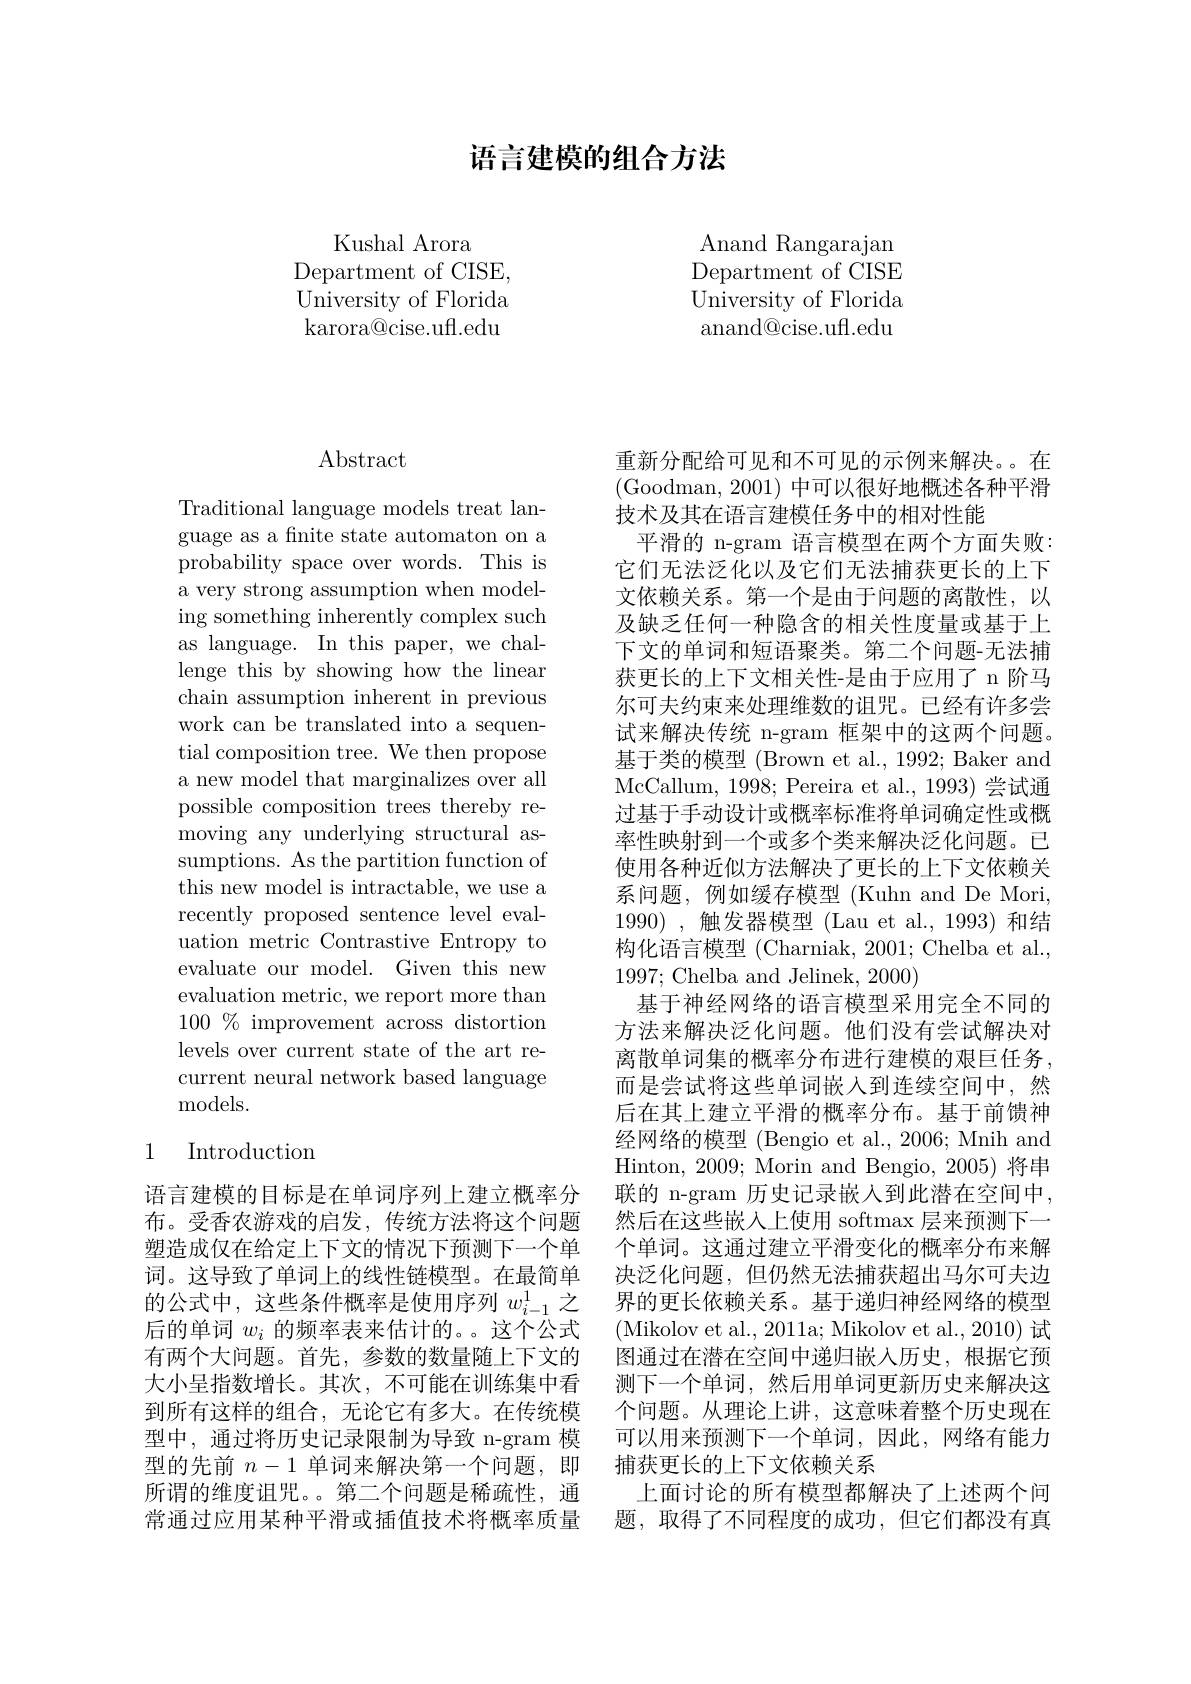
## 语言建模的组合方法

Kushal Arora
Department of CISE, University of Florida karora@cise.ufl.edu

Anand Rangarajan Department of CISE University of Florida anand@cise.ufl.edu

# Abstract

Traditional language models treat language as a finite state automaton on a probability space over words. This is a very strong assumption when modeling something inherently complex such as language. In this paper, we challenge this by showing how the linear chain assumption inherent in previous work can be translated into a sequential composition tree. We then propose a new model that marginalizes over all possible composition trees thereby removing any underlying structural assumptions. As the partition function of this new model is intractable, we use a recently proposed sentence level evaluation metric Contrastive Entropy to evaluate our model. Given this new evaluation metric, we report more than $100\%$ improvement across distortion levels over current state of the art recurrent neural network based language models.

### 1 Introduction

语言建模的目标是在单词序列上建立概率分布。受香农游戏的启发，传统方法将这个问题塑造成仅在给定上下文的情况下预测下一个单词。这导致了单词上的线性链模型。在最简单的公式中，这些条件概率是使用序列$w_{i-1}^{1}$之后的单词$w_i$的频率表来估计的。。这个公式有两个大问题。首先，参数的数量随上下文的大小呈指数增长。其次，不可能在训练集中看到所有这样的组合，无论它有多大。在传统模型中，通过将历史记录限制为导致 n-gram 模所谓的维度诅咒。第二个问题是稀疏性，通常通过应用某种平滑或插值技术将概率质量

重新分配给可见和不可见的示例来解决。。在(Goodman, 2001) 中可以很好地概述各种平滑技术及其在语言建模任务中的相对性能
平滑的 n-gram 语言模型在两个方面失败： 它们无法泛化以及它们无法捕获更长的上下文依赖关系。第一个是由于问题的离散性，以及缺乏任何一种隐含的相关性度量或基于上下文的单词和短语聚类。第二个问题-无法捕获更长的上下文相关性-是由于应用了 n 阶马尔可夫约束来处理维数的诅咒。已经有许多尝试来解决传统 n-gram 框架中的这两个问题。基于类的模型 (Brown et al., 1992; Baker and McCallum, 1998; Pereira et al., 1993) 尝试通过基于手动设计或概率标准将单词确定性或概率性映射到一个或多个类来解决泛化问题。已使用各种近似方法解决了更长的上下文依赖关系问题，例如缓存模型(Kuhn and De Mori, 1990) ,触发器模型 (Lau et al., 1993) 和结构化语言模型 (Charniak, 2001; Chelba et al., 1997;Chelba and Jelinek, 2000)
基于神经网络的语言模型采用完全不同的方法来解决泛化问题。他们没有尝试解决对离散单词集的概率分布进行建模的艰巨任务， 而是尝试将这些单词嵌人到连续空间中，然后在其上建立平滑的概率分布。基于前馈神经网络的模型 (Bengio et al., 2006; Mnih and Hinton, 2009; Morin and Bengio, 2005) 将串联的 n-gram 历史记录嵌入到此潜在空间中， 然后在这些嵌入上使用 softmax 层来预测下一个单词。这通过建立平滑变化的概率分布来解决泛化问题，但仍然无法捕获超出马尔可夫边界的更长依赖关系。基于递归神经网络的模型(Mikolov et al., 2011a; Mikolov et al., 2010) 试图通过在潜在空间中递归嵌入历史，根据它预测下一个单词，然后用单词更新历史来解决这个问题。从理论上讲，这意味着整个历史现在可以用来预测下一个单词，因此，网络有能力
型的先前$n-1$单词来解决第一个问题，即 捕获更长的上下文依赖关系
上面讨论的所有模型都解决了上述两个问题，取得了不同程度的成功，但它们都没有真